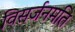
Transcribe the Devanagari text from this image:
विसर्जनमति